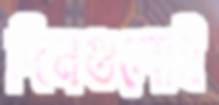
দিনগুলোই